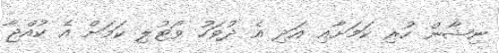
ނިޝާން ހުރި ކަމަށާއި އަދި އެ ދުވަހު ވޯޓުލި ކަމަށް އެ ކުއްޖާ